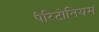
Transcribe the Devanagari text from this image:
पैरिटोनियम